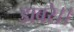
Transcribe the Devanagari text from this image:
डाबरे।।